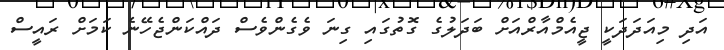
އަދި މިއަދަދަކީ ޖީއެމްއާރްއަށް ބަދަލުގެ ގޮތުގައި ގިނަ ވެގެންވެސް ދައްކަންޖެހޭނެ ކަމަށް ރައީސް